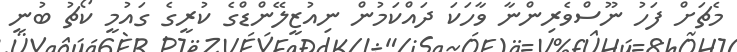
މެޗަށް ފަހު ނޫސްވެރިންނާ ވާހަކަ ދައްކަމުން ނިއުޒީލޭންޑްގެ ކުރީގެ ގައުމީ ކޯޗު ބުނީ